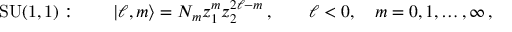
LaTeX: \mathrm { S U ( 1 , 1 ) } : \qquad | \ell , m \rangle = N _ { m } z _ { 1 } ^ { m } z _ { 2 } ^ { 2 \ell - m } \, , \qquad \ell < 0 , \quad m = 0 , 1 , \ldots , \infty \, ,